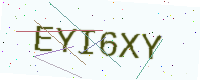
Text: EYI6XY